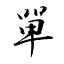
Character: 單